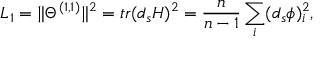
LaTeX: { \cal L } _ { 1 } = \Vert \Theta ^ { ( 1 , 1 ) } \Vert ^ { 2 } = t r ( d _ { s } H ) ^ { 2 } = \frac { n } { n - 1 } \sum _ { i } ( d _ { s } \phi ) _ { i } ^ { 2 } ,